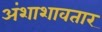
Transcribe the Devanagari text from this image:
अंशाशावतार